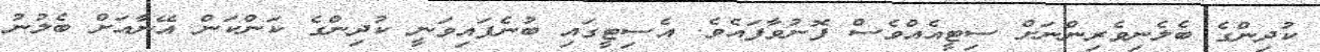
ކުދިންގެ ބެލެނިވެރިންނަށް ސިޓީއެއްވެސް ފޮނުވާފައެވެ. އެސިޓީގައި ބުނެފައިވަނީ ކުދިންގެ ކަންކަން އޭނާއަށް ބެލުނު